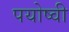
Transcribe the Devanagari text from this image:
पयोष्वी